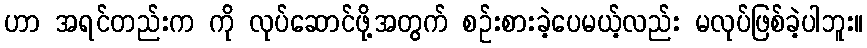
ဟာ အရင်တည်းက ကို လုပ်ဆောင်ဖို့အတွက် စဉ်းစားခဲ့ပေမယ့်လည်း မလုပ်ဖြစ်ခဲ့ပါဘူး။